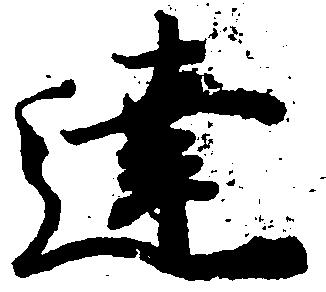
達